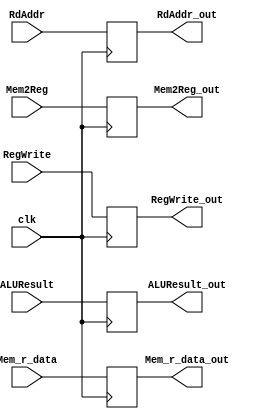
module MEM_WB (
    // Outputs
    output reg [31:0] ALUResult_out,
    output reg [31:0] Mem_r_data_out,
    output reg [4:0] RdAddr_out,
    output reg Mem2Reg_out,
    output reg RegWrite_out,
    // Inputs
    input [31:0] ALUResult,
    input [31:0] Mem_r_data,
    input [4:0] RdAddr,
    input Mem2Reg,
    input RegWrite,
    input clk
);
    always @(negedge clk) begin
        ALUResult_out <= ALUResult;
        Mem_r_data_out <= Mem_r_data;
        RdAddr_out <= RdAddr;
        Mem2Reg_out <= Mem2Reg;
        RegWrite_out <= RegWrite;
    end

endmodule